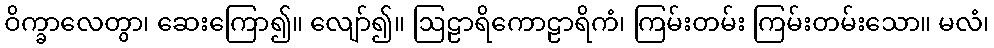
ဝိက္ခာလေတွာ၊ ဆေးကြော၍။ လျော်၍။ ဩဠာရိကောဠာရိကံ၊ ကြမ်းတမ်း ကြမ်းတမ်းသော။ မလံ၊